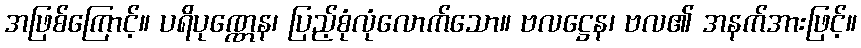
အဖြစ်ကြောင့်။ ပရိပုဏ္ဏေန၊ ပြည့်စုံလုံလောက်သော။ ဗလဋ္ဌေန၊ ဗလ၏ အနက်အားဖြင့်။